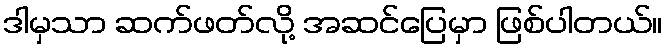
ဒါမှသာ ဆက်ဖတ်လို့ အဆင်ပြေမှာ ဖြစ်ပါတယ်။